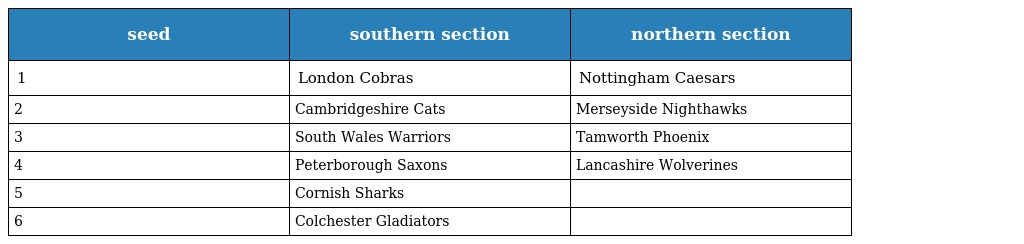
| seed | southern section | northern section |
 | --- | --- | --- |
 | 1 | London Cobras | Nottingham Caesars |
 | 2 | Cambridgeshire Cats | Merseyside Nighthawks |
 | 3 | South Wales Warriors | Tamworth Phoenix |
 | 4 | Peterborough Saxons | Lancashire Wolverines |
 | 5 | Cornish Sharks |  |
 | 6 | Colchester Gladiators |  |